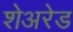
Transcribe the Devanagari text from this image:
शेअरेड